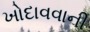
ખોદાવવાની